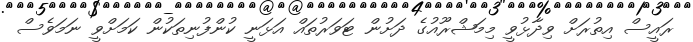
ރައީސް އިތުރަށް ވިދާޅުވީ މިމަޝްރޫއުގެ ދަށުން ޓަވަރުތައް އަޅަނީ ކުންފުނިތަކުން ކަމަށްވީ ނަމަވެސް